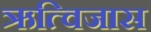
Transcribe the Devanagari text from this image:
ऋत्विजास